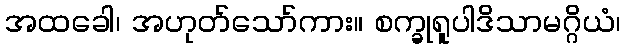
အထခေါ၊ အဟုတ်သော်ကား။ စက္ခုရူပါဒိသာမဂ္ဂိယံ၊